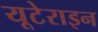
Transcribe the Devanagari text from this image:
यूटेराइन